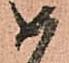
如